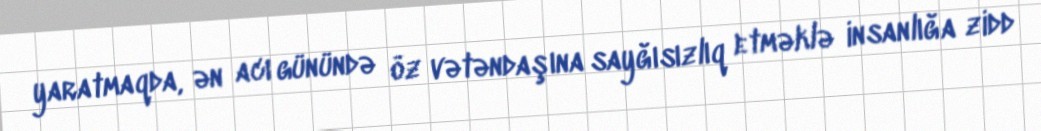
yaratmaqda, ən acı günündə öz vətəndaşına sayğısızlıq etməklə insanlığa zidd